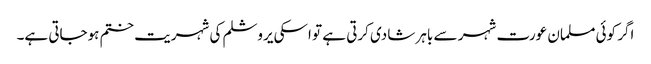
اگر کوئی مسلمان عورت شہر سے باہر شادی کرتی ہے تو اسکی یروشلم کی شہریت ختم ہوجاتی ہے۔